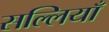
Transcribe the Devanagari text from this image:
सल्लियाँ